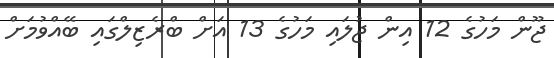
ޖޫން މަހުގެ 12 އިން ޖުލައި މަހުގެ 13 އަށް ބްރެޒިލްގައި ބޭއްވުމަށް